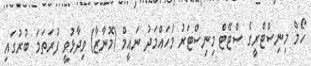
ހޯމް މިނިސްޓްރީގެ ސްޓޭޓް މިނިސްޓަރު މުހައްމަދު ނައީމް (މޮނާޒާ) ވިދާޅުވީ ފުރަތަމަ ބުރުގައި